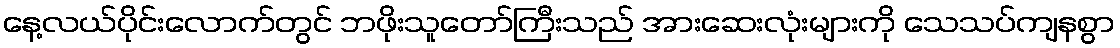
နေ့လယ်ပိုင်းလောက်တွင် ဘဖိုးသူတော်ကြီးသည် အားဆေးလုံးများကို သေသပ်ကျနစွာ